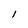
Character: 1